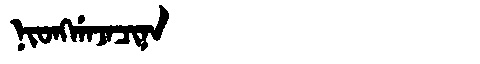
Manchu: ᠨᡳᠣᠩᡤᠠᠵᠠᠴᡳᠨᠠ
Romanization: NIONGGAJACINA